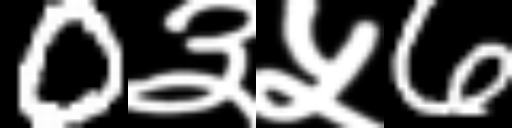
Text: 0३५6